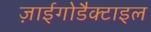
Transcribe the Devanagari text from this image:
ज़ाईगोडैक्टाइल